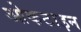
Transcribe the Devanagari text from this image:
ओकटाइन